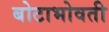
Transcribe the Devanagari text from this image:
बोटाभोवती